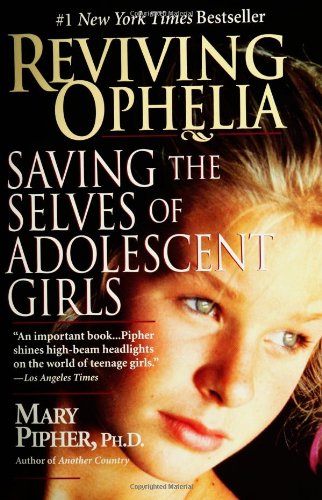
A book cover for Reviving Ophelia: Saving the Selves of Adolescent Girls; Mary  Pipher; Parenting & Relationships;